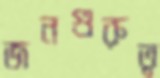
জনগুরুত্ব